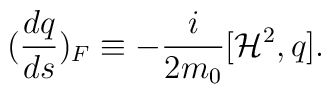
(\frac{dq}{ds})_F\equiv-\frac{i}{2m_0}[{\cal H}^2,q].